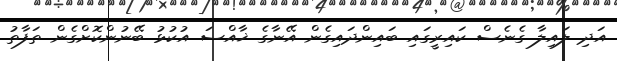
އަދި ލައިލާ ގެނެސް ކައިރީގައި ބައިންދައިގެން އޭނާގެ ޚާއްސަ އުކުޅު ބޭނުންކޮށްގެން ތަފާތު